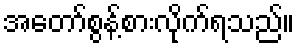
အတော်စွန့်စားလိုက်ရသည်။